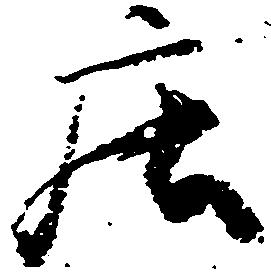
庄